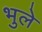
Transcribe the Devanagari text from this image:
भुले